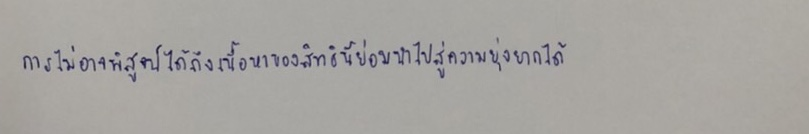
การไม่อาจพิสูจน์ได้ถึงเนื้อหาของสิทธินี้ย่อมนำไปสู่ความยุ่งยากได้